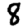
Digit: 8